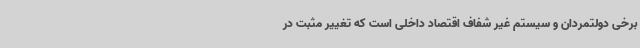
برخی دولتمردان و سیستم غیر شفاف اقتصاد داخلی است که تغییر مثبت در